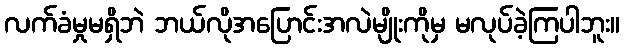
လက်ခံမှုမရှိဘဲ ဘယ်လိုအပြောင်းအလဲမျိုးကိုမှ မလုပ်ခဲ့ကြပါဘူး။